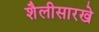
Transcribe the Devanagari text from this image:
शैलीसारखे